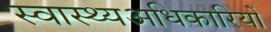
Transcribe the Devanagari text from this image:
स्वास्थ्यअधिकारियों